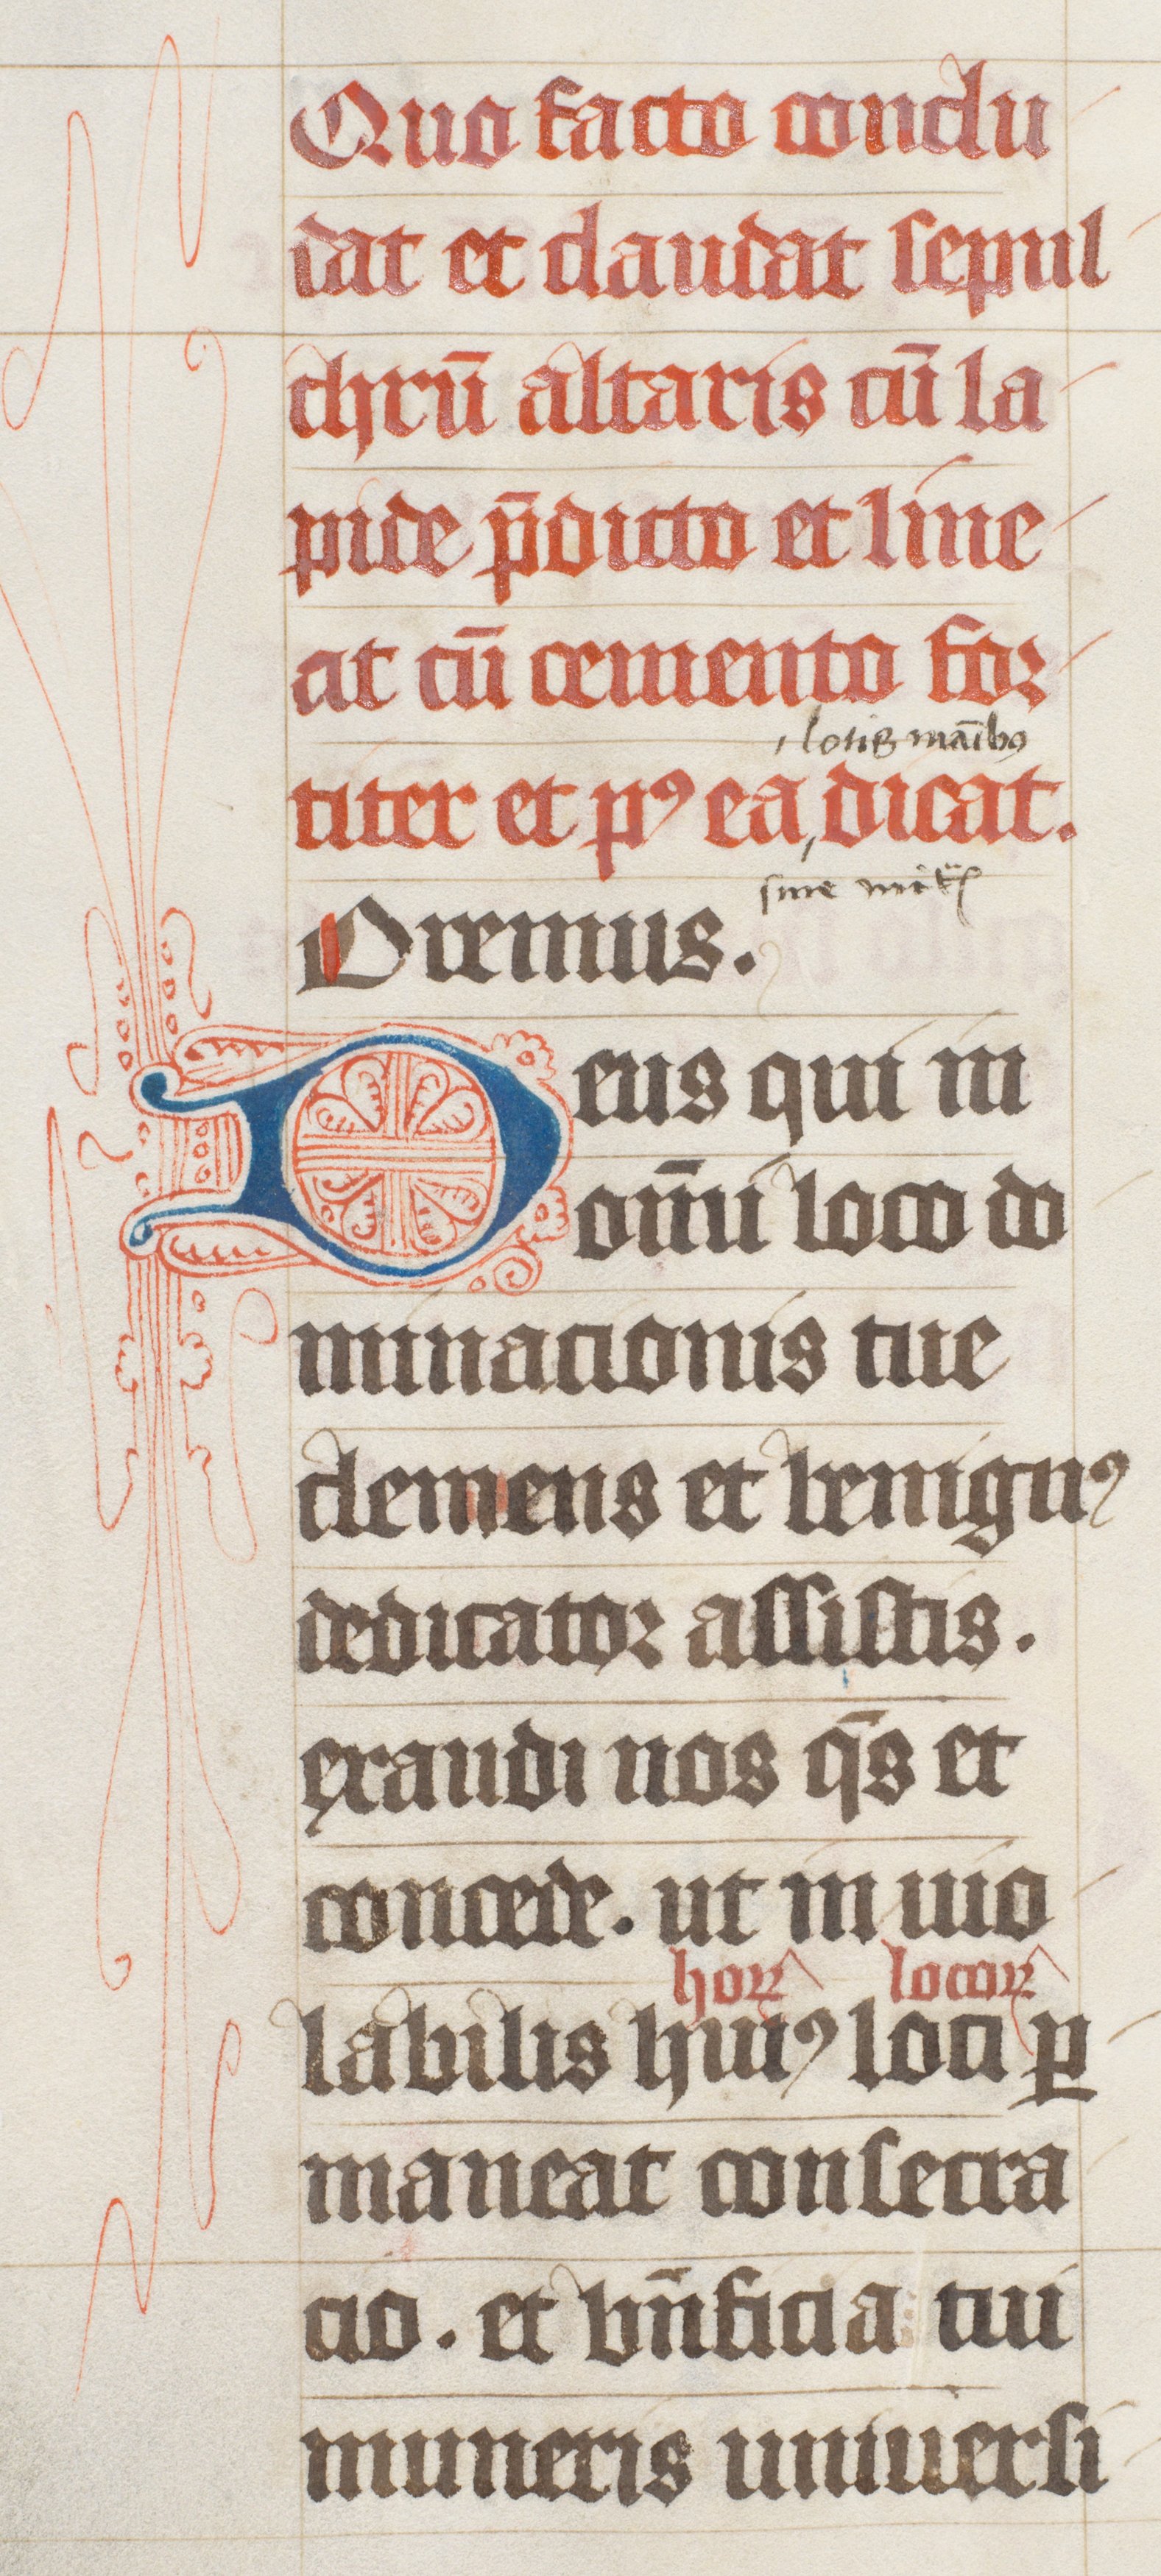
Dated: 1447–1478